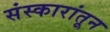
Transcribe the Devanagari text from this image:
संस्कारांतून